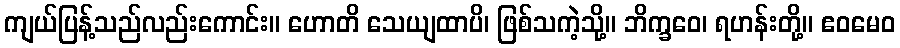
ကျယ်ပြန့်သည်လည်းကောင်း။ ဟောတိ သေယျထာပိ၊ ဖြစ်သကဲ့သို့။ ဘိက္ခဝေ၊ ရဟန်းတို့။ ဧဝမေဝ